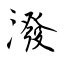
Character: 潑